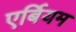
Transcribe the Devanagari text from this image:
एर्बियम